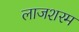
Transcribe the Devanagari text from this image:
लाजशरम